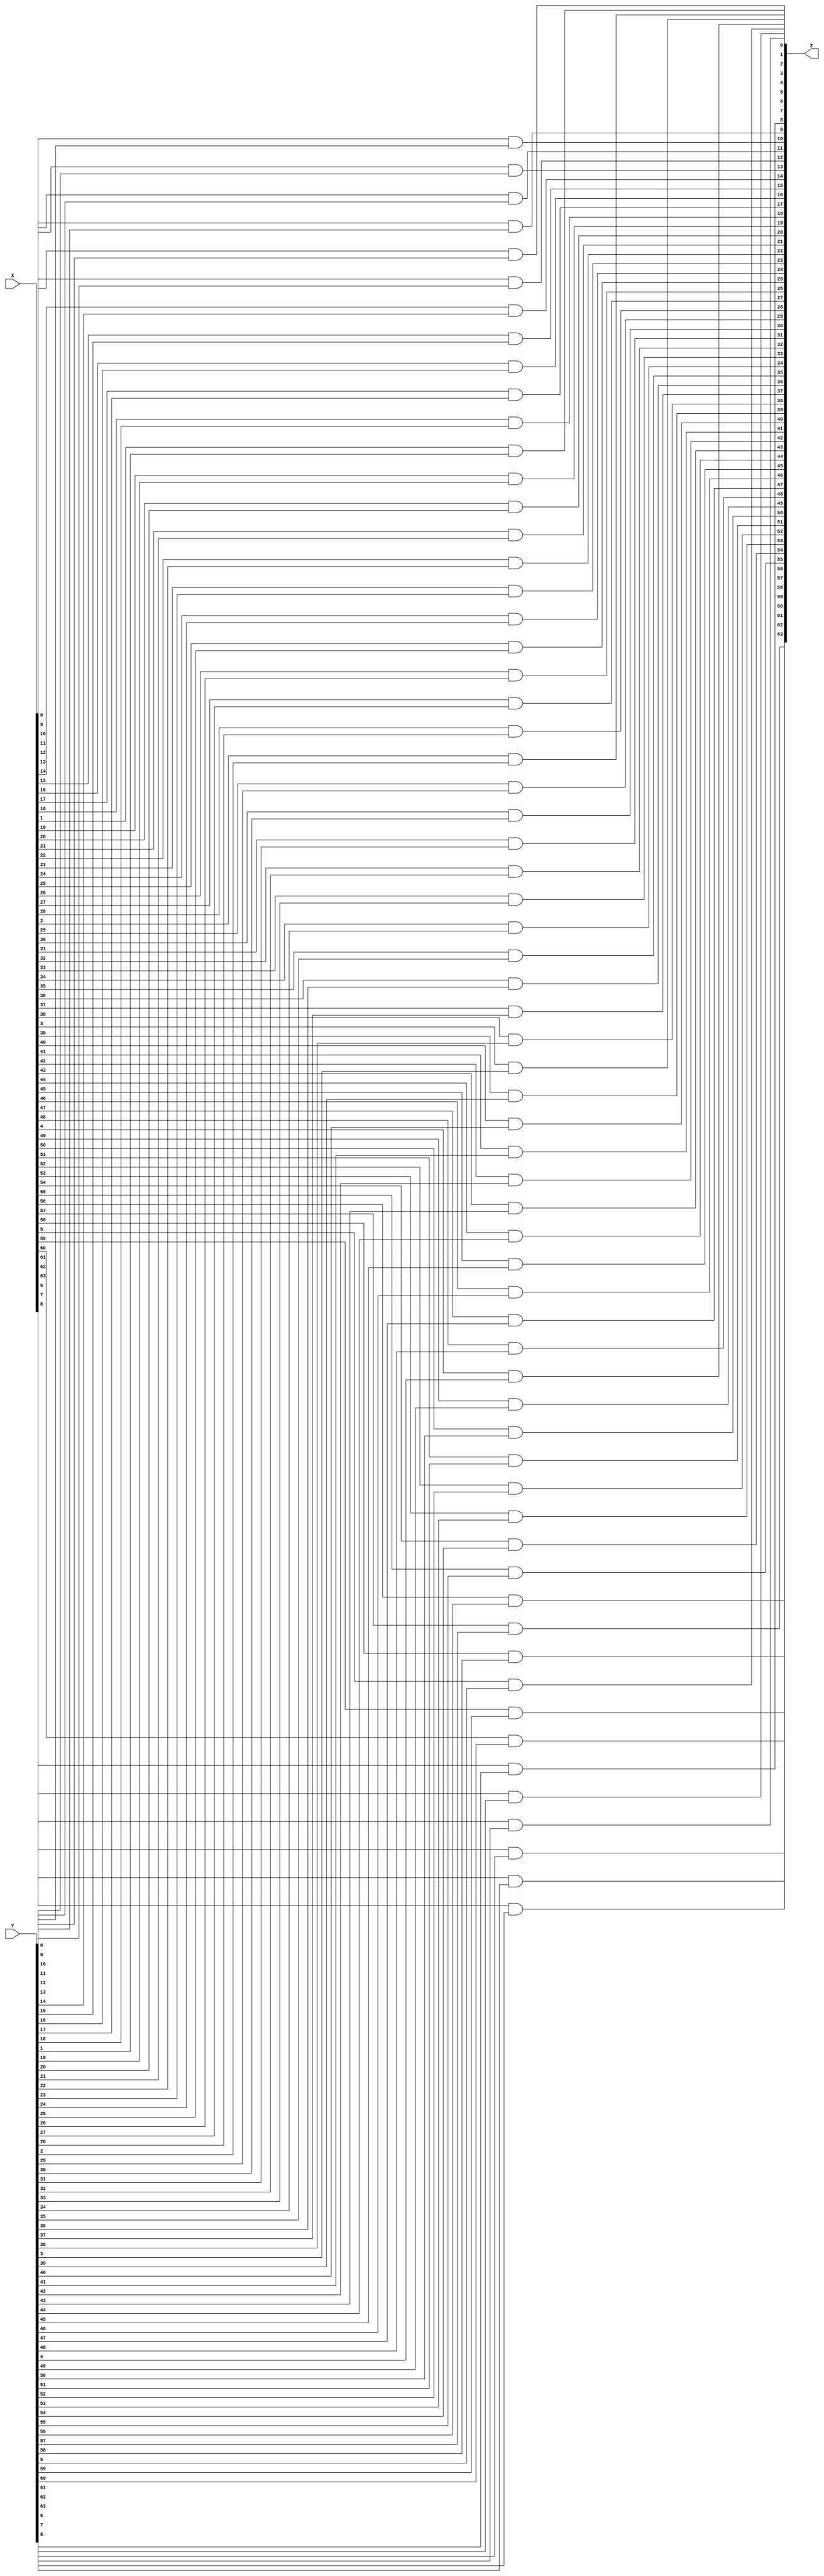
module AND(input [63:0] X,input [63:0] Y,output [63:0] Z);
genvar a;
generate
    for(a=0;a<64;a=a+1)
        begin:AND
            and A(Z[a],X[a],Y[a]);
        end
endgenerate
endmodule